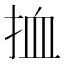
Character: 𢬔